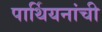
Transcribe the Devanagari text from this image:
पार्थियनांची